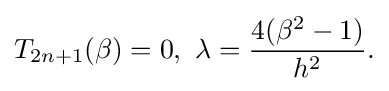
T_{2n+1}(\beta )=0,\ \lambda ={\frac {4(\beta ^{2}-1)}{h^{2}}}.\,\!